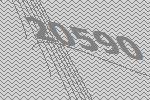
20590